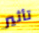
تأثير